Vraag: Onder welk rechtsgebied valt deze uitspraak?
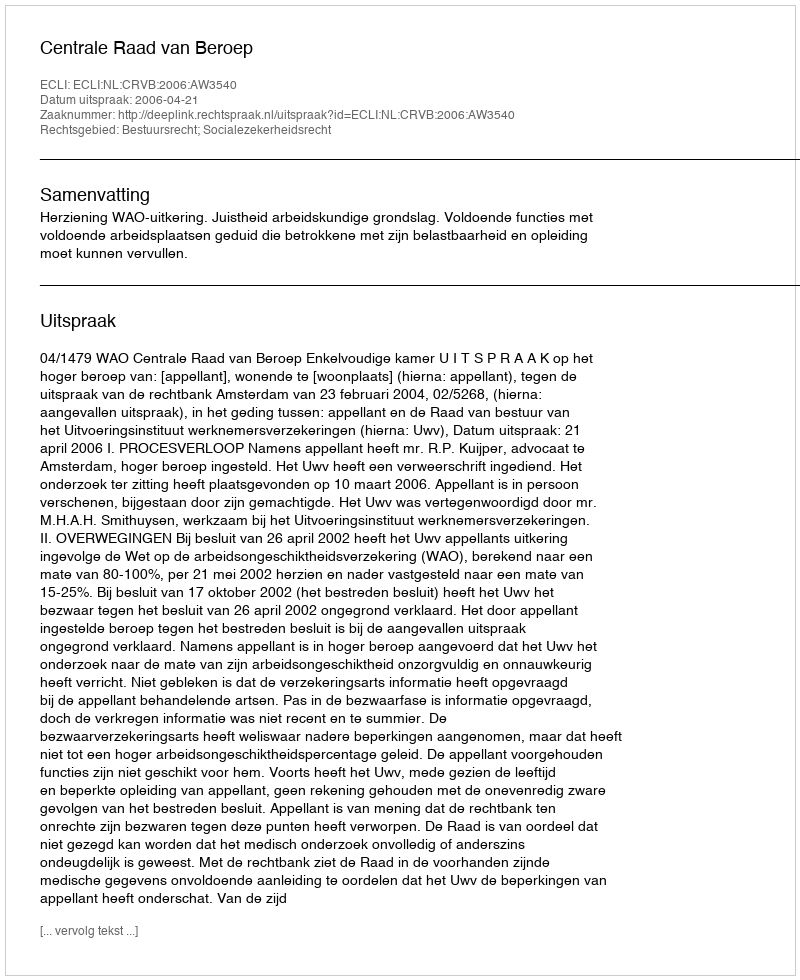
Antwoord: Bestuursrecht; Socialezekerheidsrecht